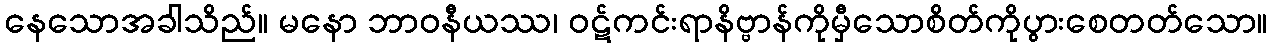
နေသောအခါသိည်။ မနော ဘာဝနီယဿ၊ ဝဋ်ကင်းရာနိဗ္ဗာန်ကိုမှီသောစိတ်ကိုပွားစေတတ်သော။